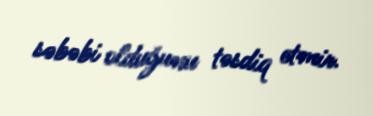
səbəbi olduğunu təsdiq etmir.